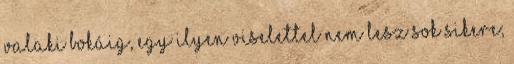
valaki bokáig, egy ilyen viselettel nem lesz sok sikere;